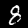
Label: 8